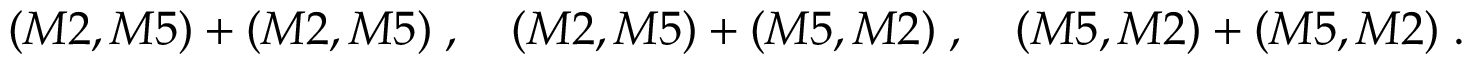
( M 2 , M 5 ) + ( M 2 , M 5 ) \; , \quad ( M 2 , M 5 ) + ( M 5 , M 2 ) \; , \quad ( M 5 , M 2 ) + ( M 5 , M 2 ) \; .